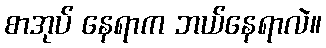
စာအုပ် နေရာက ဘယ်နေရာလဲ။